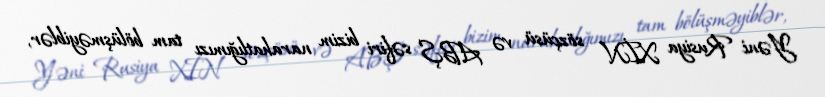
Yəni Rusiya XİN sözçüsü və ABŞ səfiri bizim narahatlığımızı tam bölüşməyiblər,